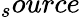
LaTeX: {_source}